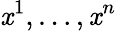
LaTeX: \mathit{x}^{1},\ldots,\mathit{x}^{n}